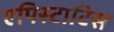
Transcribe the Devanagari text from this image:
एपिस्टाटिस